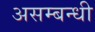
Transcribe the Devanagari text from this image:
असम्बन्धी